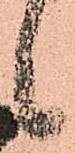
候